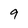
Character: 9